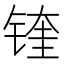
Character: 𲈌